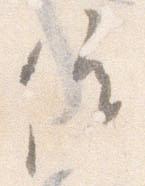
催